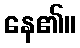
နေ၏။